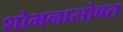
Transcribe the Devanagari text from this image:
शोभनासोबत